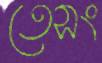
তেসং